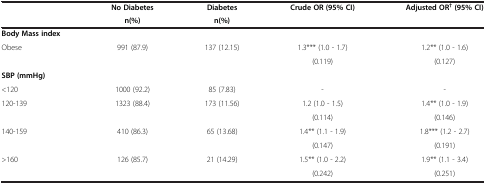
|  | No Diabetes | Diabetes | Crude OR (95% CI) | Adjusted OR† (95% CI) |
 |  | n(%) | n(%) |  |  |
 | --- | --- | --- | --- | --- |
 | Body Mass index |  |  |  |  |
 | <ROWSPAN=2> Obese | <ROWSPAN=2> 991 (87.9) | <ROWSPAN=2> 137 (12.15) | 1.3*** (1.0 - 1.7) | 1.2** (1.0 - 1.6) |
 | (0.119) | (0.127) |
 | SBP (mmHg) |  |  |  |  |
 | <120 | 1000 (92.2) | 85 (7.83) | - | - |
 | <ROWSPAN=2> 120-139 | <ROWSPAN=2> 1323 (88.4) | <ROWSPAN=2> 173 (11.56) | 1.2 (1.0 - 1.5) | 1.4** (1.0 - 1.9) |
 | (0.114) | (0.146) |
 | <ROWSPAN=2> 140-159 | <ROWSPAN=2> 410 (86.3) | <ROWSPAN=2> 65 (13.68) | 1.4** (1.1 - 1.9) | 1.8*** (1.2 - 2.7) |
 | (0.147) | (0.191) |
 | <ROWSPAN=2> >160 | <ROWSPAN=2> 126 (85.7) | <ROWSPAN=2> 21 (14.29) | 1.5** (1.0 - 2.2) | 1.9** (1.1 - 3.4) |
 | (0.242) | (0.251) |